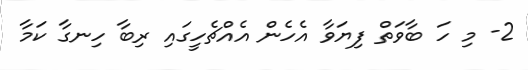
2- މި ހަ ބާވަތް ފިޔަވާ އެހެން އެއްޗެހީގައި ރިބާ ހިނގާ ކަމާ